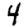
Digit: 4